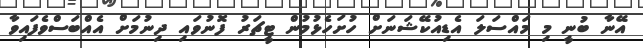
އޭނާ ބުނީ މި މައްސަލަ އެޑިއުކޭޝަނަށް ހުށަހެޅުމުން ޓީޗަރު ފޮނުވައި ދިނުމަށް އެއްބަސްވެފައިވާ